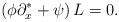
LaTeX: \begin{align*}\left( \phi\partial_{x}^{\ast}+\psi\right) L=0. \end{align*}